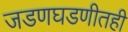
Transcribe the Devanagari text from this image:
जडणघडणीतही